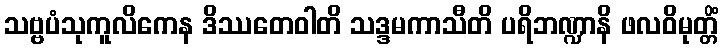
သဗ္ဗပံသုကူလိကေန ဒိဿတေဝါတိ သဒ္ဒမကာသီတိ ပရိဘဏ္ဍာနိ ဖလဝိမုတ္တိံ